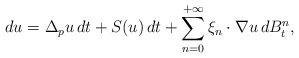
LaTeX: \begin{align*} d u = \Delta_p u \, d t + S(u) \, d t + \sum_{n=0}^{+\infty} \xi_{n} \cdot \nabla u \, d B_t^{n} ,\end{align*}